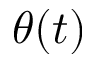
\theta ( t )